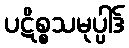
ပဋိစ္စသမုပ္ပါဒ်